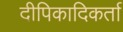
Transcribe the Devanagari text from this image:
दीपिकादिकर्ता